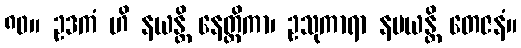
၈၀။ ဥဒကံ ဟိ နယန္တိ နေတ္တိကာ၊ ဥသုကာရာ နမယန္တိ တေဇနံ။